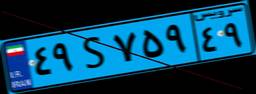
۴۹S۷۵۹۴۹